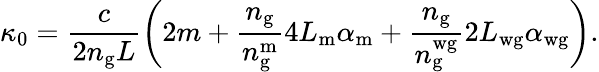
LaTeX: \kappa_{0}=\frac{c}{2n_{\mathrm{g}}L}\left(2m+\frac{n_{\mathrm{g}}}{n_{\mathrm{g}}^{\mathrm{m}}}4L_{\mathrm{m}}\alpha_{\mathrm{m}}+\frac{n_{\mathrm{g}}}{n_{\mathrm{g}}^{\mathrm{wg}}}2L_{\mathrm{wg}}\alpha_{\mathrm{wg}}\right).